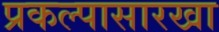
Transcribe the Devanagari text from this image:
प्रकल्पासारखा